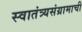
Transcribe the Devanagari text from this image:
स्वातंत्र्यसंग्रामाची